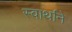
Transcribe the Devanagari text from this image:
स्वार्थाने